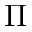
\Pi